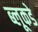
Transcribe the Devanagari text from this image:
ब्लूकडे